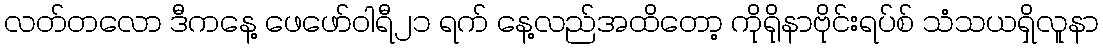
လတ်တလော ဒီကနေ့ ဖေဖော်ဝါရီ၂၁ ရက် နေ့လည်အထိတော့ ကိုရိုနာဗိုင်းရပ်စ် သံသယရှိလူနာ